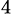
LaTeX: ^{4\, }